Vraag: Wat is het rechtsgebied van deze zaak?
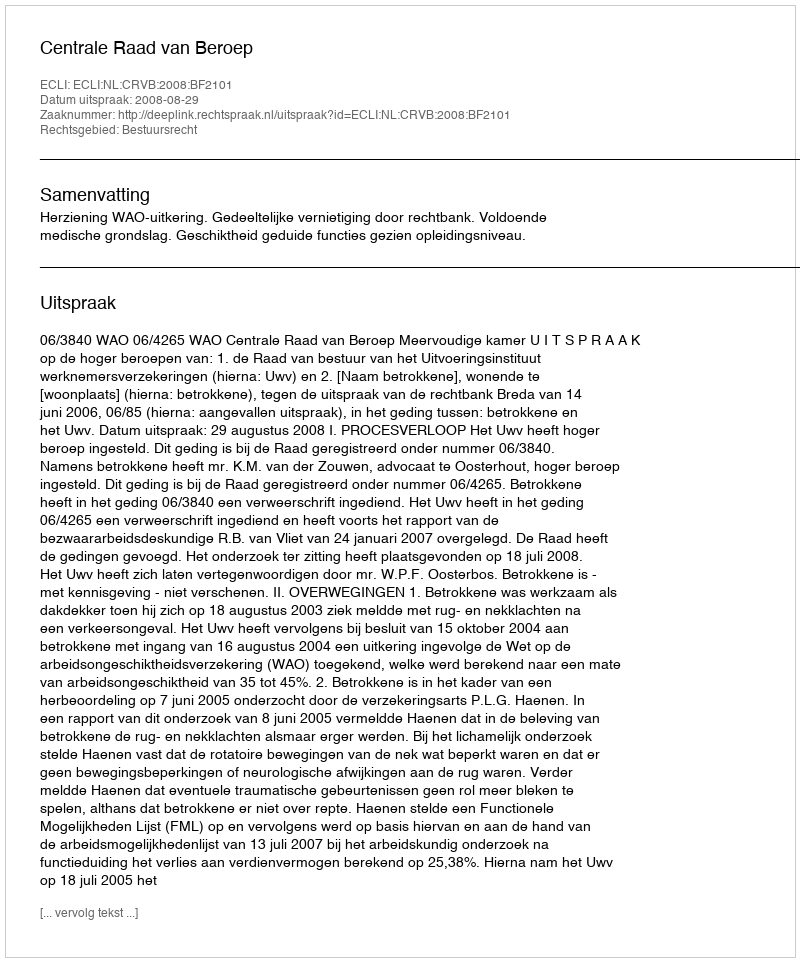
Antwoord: Bestuursrecht